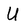
Character: U